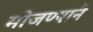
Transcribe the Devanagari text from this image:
मोजण्याने